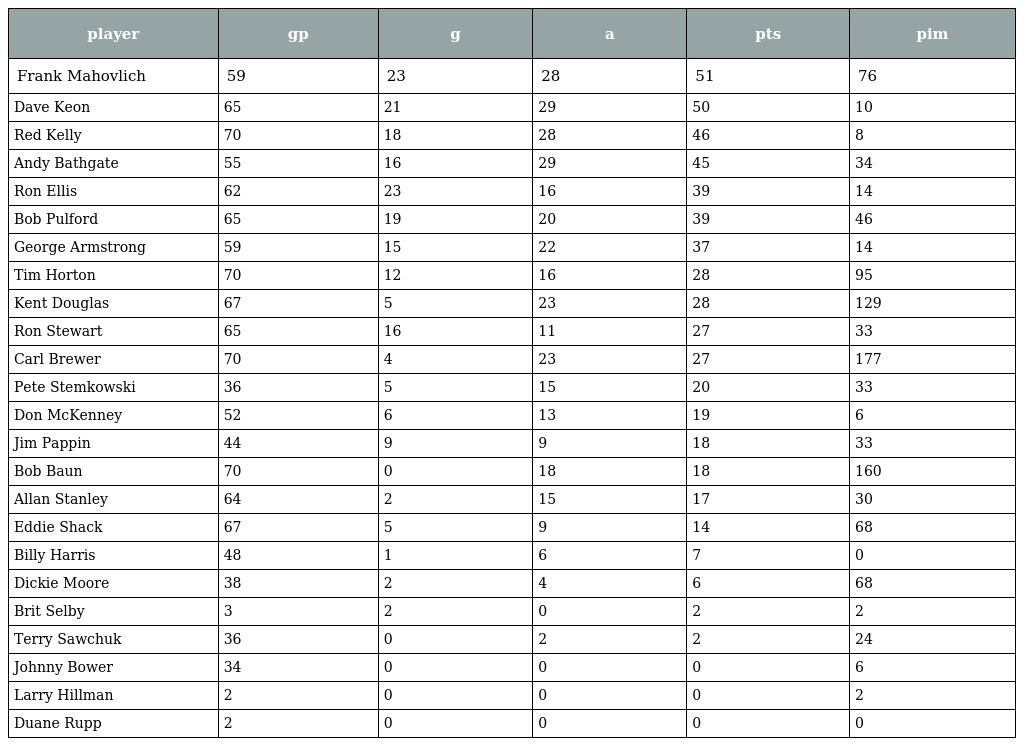
| player | gp | g | a | pts | pim |
 | --- | --- | --- | --- | --- | --- |
 | Frank Mahovlich | 59 | 23 | 28 | 51 | 76 |
 | Dave Keon | 65 | 21 | 29 | 50 | 10 |
 | Red Kelly | 70 | 18 | 28 | 46 | 8 |
 | Andy Bathgate | 55 | 16 | 29 | 45 | 34 |
 | Ron Ellis | 62 | 23 | 16 | 39 | 14 |
 | Bob Pulford | 65 | 19 | 20 | 39 | 46 |
 | George Armstrong | 59 | 15 | 22 | 37 | 14 |
 | Tim Horton | 70 | 12 | 16 | 28 | 95 |
 | Kent Douglas | 67 | 5 | 23 | 28 | 129 |
 | Ron Stewart | 65 | 16 | 11 | 27 | 33 |
 | Carl Brewer | 70 | 4 | 23 | 27 | 177 |
 | Pete Stemkowski | 36 | 5 | 15 | 20 | 33 |
 | Don McKenney | 52 | 6 | 13 | 19 | 6 |
 | Jim Pappin | 44 | 9 | 9 | 18 | 33 |
 | Bob Baun | 70 | 0 | 18 | 18 | 160 |
 | Allan Stanley | 64 | 2 | 15 | 17 | 30 |
 | Eddie Shack | 67 | 5 | 9 | 14 | 68 |
 | Billy Harris | 48 | 1 | 6 | 7 | 0 |
 | Dickie Moore | 38 | 2 | 4 | 6 | 68 |
 | Brit Selby | 3 | 2 | 0 | 2 | 2 |
 | Terry Sawchuk | 36 | 0 | 2 | 2 | 24 |
 | Johnny Bower | 34 | 0 | 0 | 0 | 6 |
 | Larry Hillman | 2 | 0 | 0 | 0 | 2 |
 | Duane Rupp | 2 | 0 | 0 | 0 | 0 |